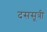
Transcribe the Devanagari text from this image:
दससूत्री